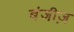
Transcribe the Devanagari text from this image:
बंजीज़